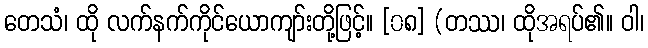
တေသံ၊ ထို လက်နက်ကိုင်ယောကျာ်းတို့ဖြင့်။ [၀၈] (တဿ၊ ထိုအရပ်၏။ ဝါ၊